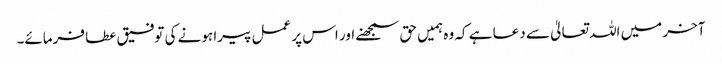
آخر میں اللہ تعالیٰ سے دعا ہے کہ وہ ہمیں حق سمجھنے اور اس پر عمل پیرا ہونے کی توفیق عطا فرمائے۔